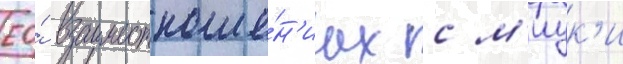
ео́ взаимоотноше́н'иах с м'иук'и